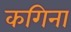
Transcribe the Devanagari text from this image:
कगिना